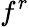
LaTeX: f^{r}